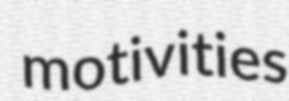
motivities